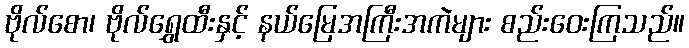
ဗိုလ်စော၊ ဗိုလ်ရွှေထီးနှင့် နယ်မြေအကြီးအကဲများ စည်းဝေးကြသည်။